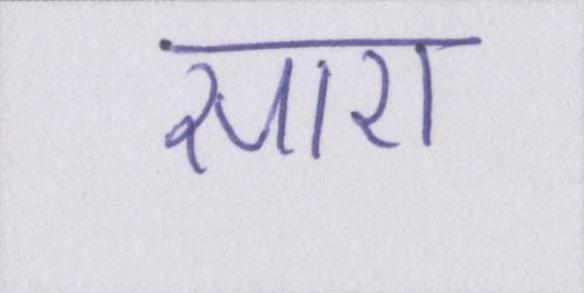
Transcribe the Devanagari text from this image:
सारा